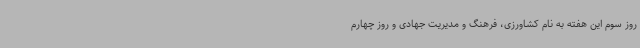
روز سوم این هفته به نام کشاورزی، فرهنگ و مدیریت جهادی و روز چهارم